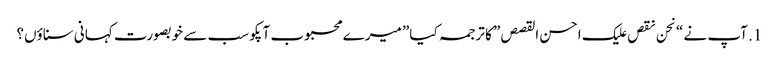
1. آپ نے “نحن نقص علیک احسن القصص” کا ترجمہ کیا” میرے محبوب آپکو سب سے خوبصورت کہانی سناؤں؟